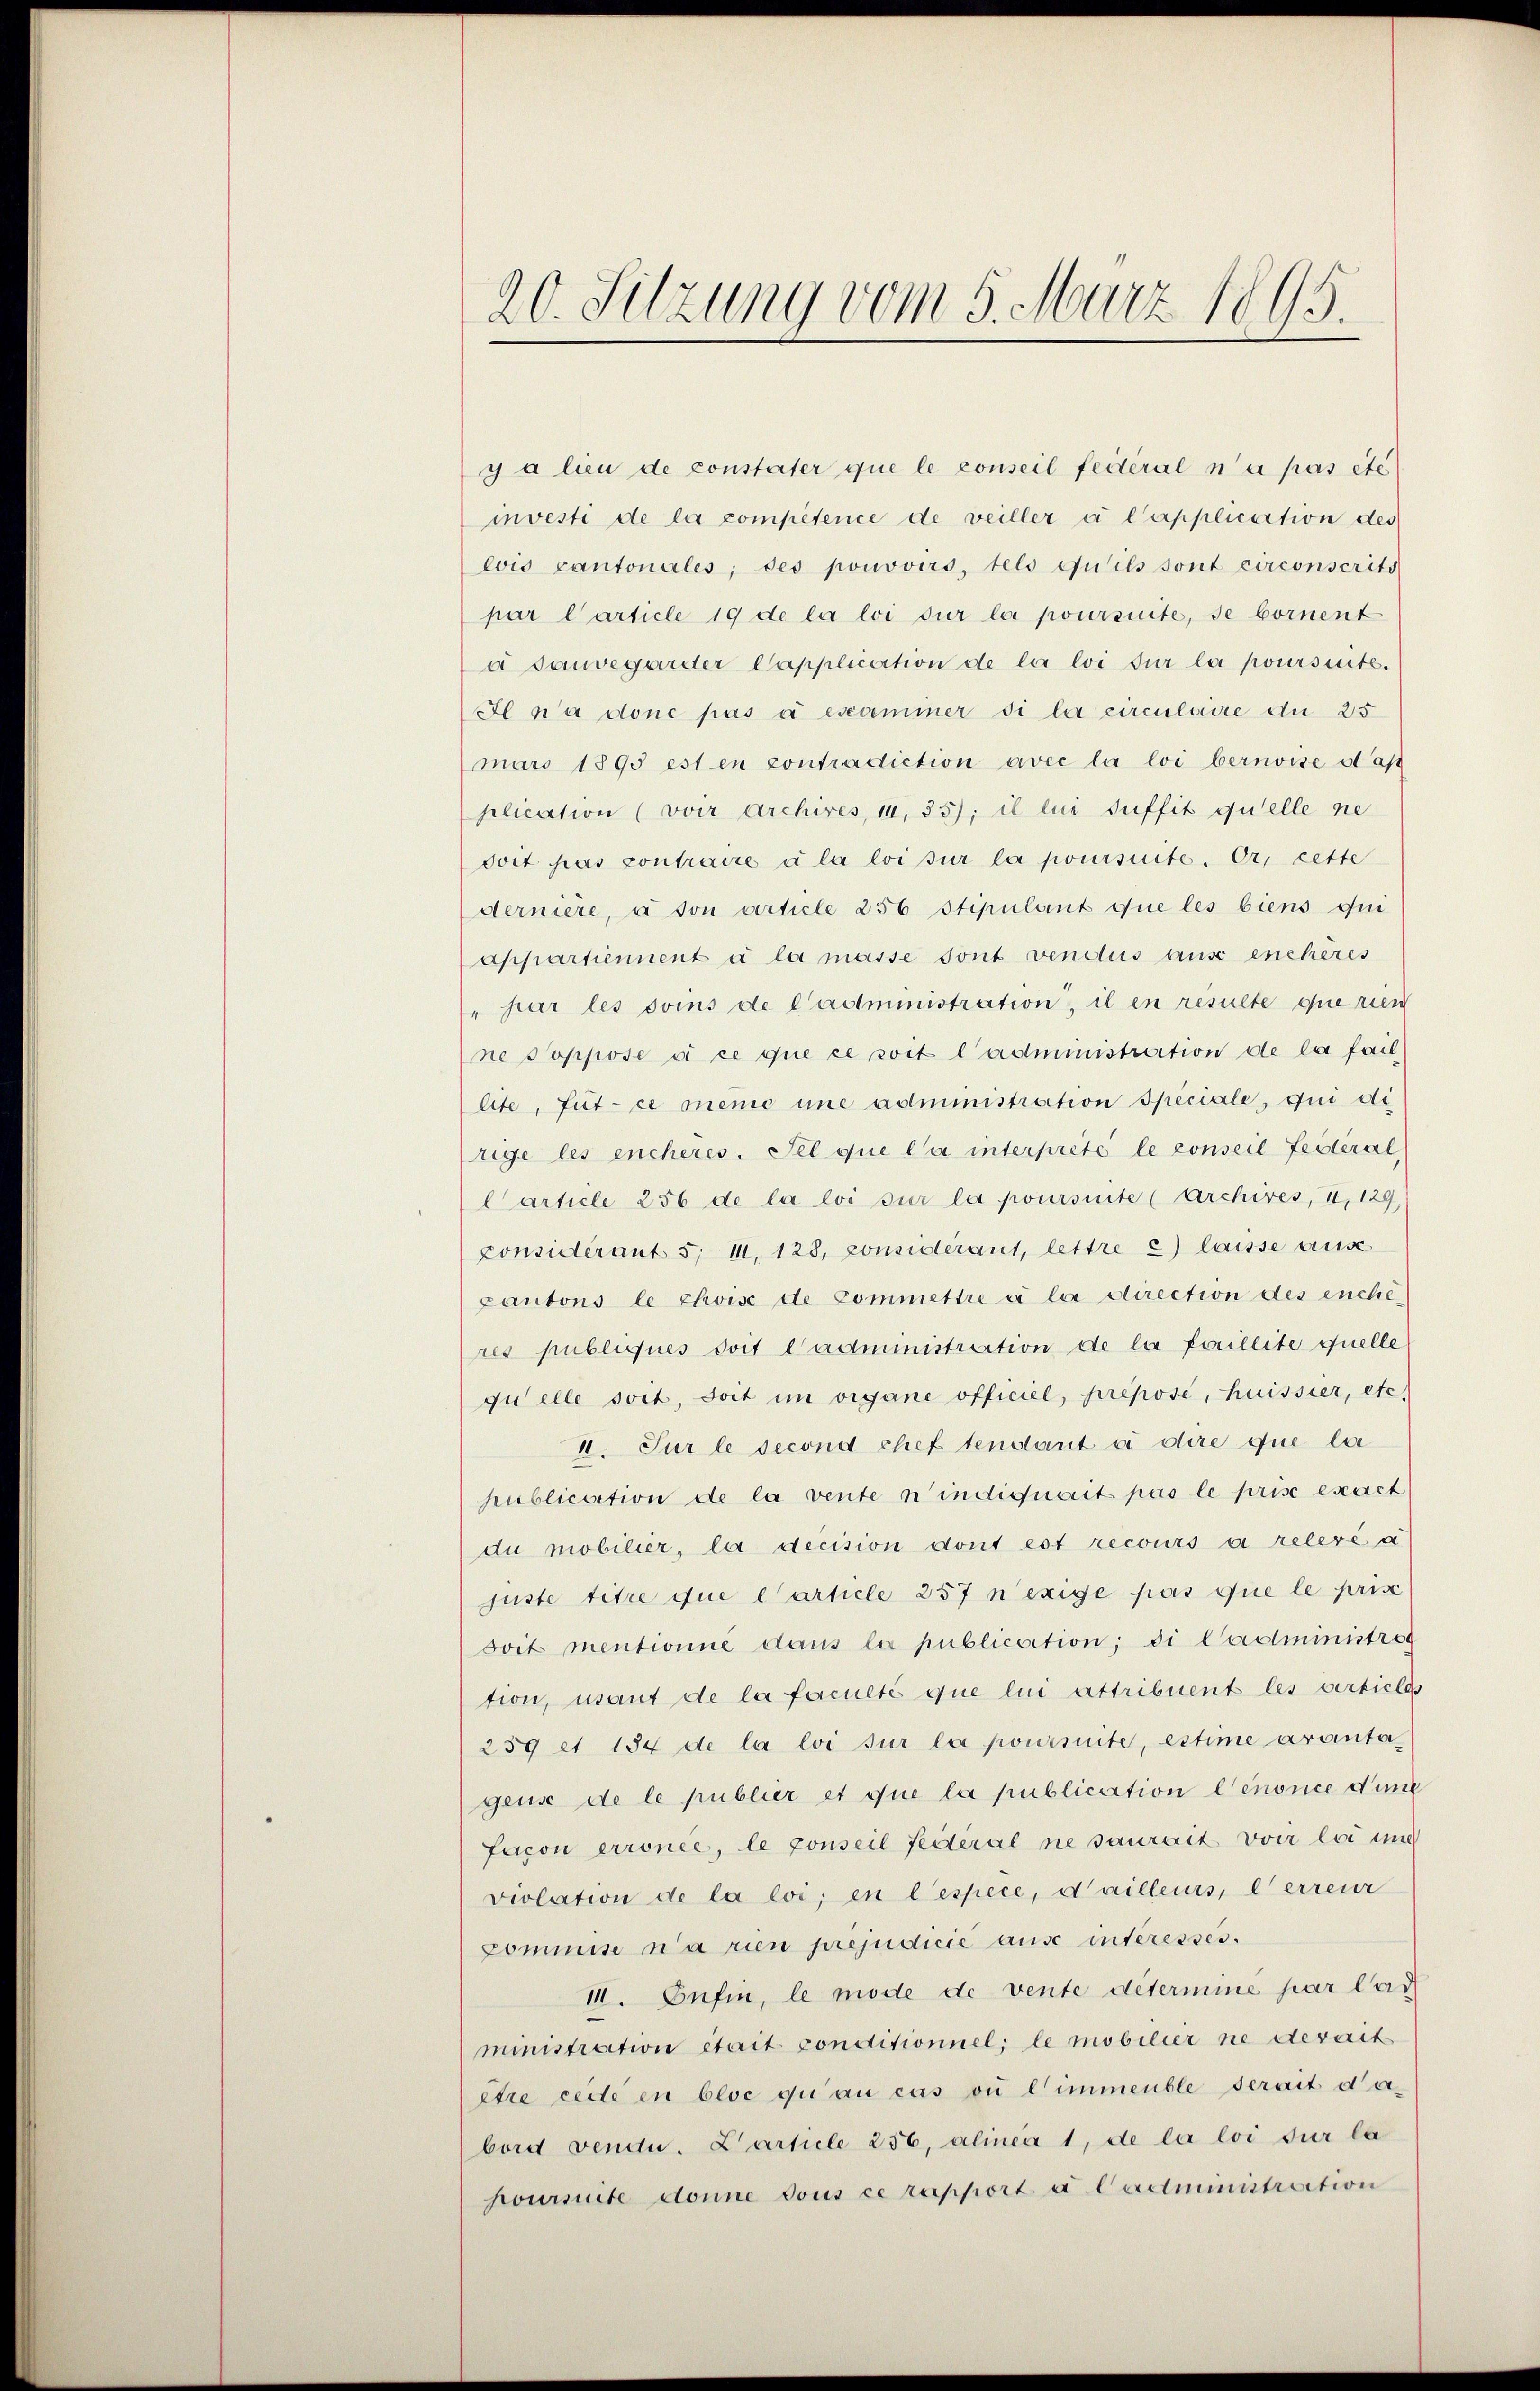
20. Sitzung vom 5. März 1895.

y a lieu de constater que le conseil fédéral n’a pas etc
investi de la compétence de veiller a Capplication des
eis cantonales; des pouvoirs, tels qu’ils sont circonscrits
par l’article 19 de la loi sur la poursuite, se bornent
a souvegarder Capplication de la loi sur la poursuite.
Il n’a donc pas à escominer si la circulaire du 25
maro 1895 est en contradiction avec la loi bernoise d’ap
plication (voir Archires, 10, 35); il lui suffit quelle ne
doit pas contraire à la loi sur la poursuite. Or, cette
derniere, à son article 256 Stipulant que les biens qui
appartiennent à la masse sont vendus aus enchères
"par les soins de Cadministration, il en resulte que rien
ne Soppose si ce que ce soit l’administration de la fail
lite, für ce meme une administration speciale, qui de
rige les encheres. Sel que da interprete le conseil festerat
Carticle 256 de la loi sur la poursuite (Archives, II, 129
Considérant 5. 11. 123, Considerant, lettre c) laisse aus
Cantons le choise de Commettre à la direction des enche
res publiques soit Cadministration de la faillite quelle
quelle soit, soit im organe officiel, prepose, heissier, etc.
II. Sur le second chef tendant à dire que la
publication de la venten indiquait pas le prise exact
du mobilier, la decision dont est recours à relevé a
juste titre que l’article 257 n’exige pas que le prise
soit mentionne dans la publication; di Cadministrog
tion, usaut de la faculté que lin attribuent les articles
259 et 154 de la loi sur la poursuite, estime avantagens de le publier et que la publication Cenonce d’une
Facon erronée, le conseil feiteral ne saurait voir lei und
violation de la loi, in lespece, d’ailleurs, et erreur
Commise n’a rien préjudicié aus interesses.
III. Eufin, le mode de vente déterminé par lad
ministration était conditionnel; le mobilier ne devait
être cette in bloe qui au cas ou l’immeuble serait dabord vendu. Cartele 256, alinea 1, de la loi sur la
hoursuite donne dous ce rapport a Cadministration